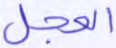
العجل